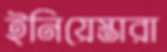
ইনিয়েস্তারা